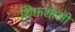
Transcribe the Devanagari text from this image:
शिक्तशाली